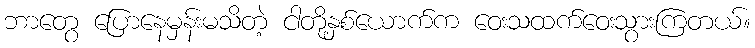
ဘာတွေ ပြောနေမှန်းမသိတဲ့ ငါတို့နှစ်ယောက်က ဝေးသထက်ဝေးသွားကြတယ်။